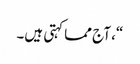
“، آج مما کہتی ہیں۔